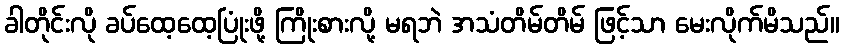
ခါတိုင်းလို ခပ်ထေ့ထေ့ပြုံးဖို့ ကြိုးစားလို့ မရဘဲ အသံတိမ်တိမ် ဖြင့်သာ မေးလိုက်မိသည်။